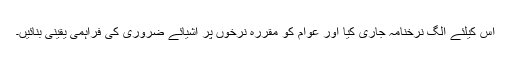
اس کیلئے الگ نرخنامہ جاری کیا اور عوام کو مقررہ نرخوں پر اشیائے ضروری کی فراہمی یقینی بنائیں۔